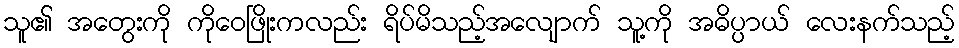
သူ၏ အတွေးကို ကိုဝေဖြိုးကလည်း ရိပ်မိသည့်အလျောက် သူ့ကို အဓိပ္ပာယ် လေးနက်သည့်